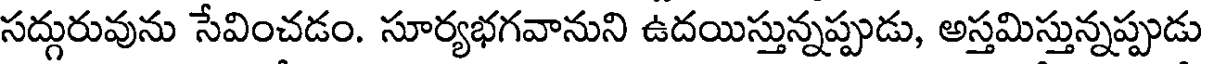
సద్గురువును సేవించడం. సూర్యభగవానుని ఉదయిస్తున్నప్పుడు, అస్తమిస్తున్నప్పుడు